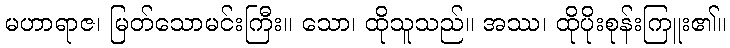
မဟာရာဇ၊ မြတ်သောမင်းကြီး။ သော၊ ထိုသူသည်။ အဿ၊ ထိုပိုးစုန်းကြူး၏။